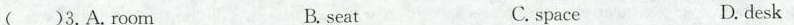
()3.A.room B. seat C.space D.desk